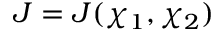
J = J ( \chi _ { 1 } , \chi _ { 2 } )